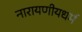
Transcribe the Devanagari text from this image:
नारायणीयधर्म